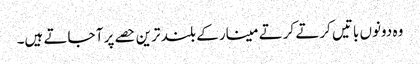
وہ دونوں باتیں کرتے کرتے مینار کے بلند ترین حصے پر آ جاتے ہیں۔